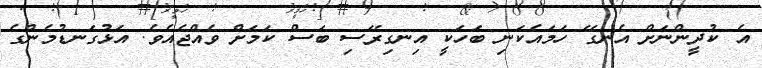
އެ ކުދީންނަށް އެނގޭ ހަމައެކަނި ބަހަކީ އިނގިރޭސި ބަސް ކަމަށް ވެއްޖެއެވެ. އަޅުގަނޑުމެންގެ